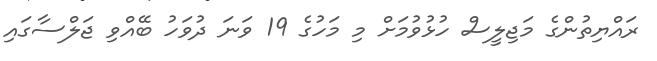
ރައްޔިތުންގެ މަޖިލީސް ހުޅުވުމަށް މި މަހުގެ 19 ވަނަ ދުވަހު ބޭއްވި ޖަލްސާގައި